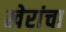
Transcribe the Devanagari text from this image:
खेरांचा